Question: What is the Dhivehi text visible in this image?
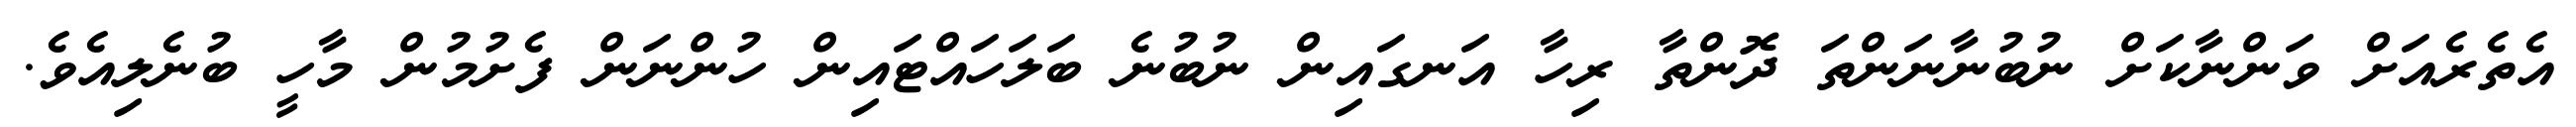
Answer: އެތެރެއަށް ވަންނާކަށް ނުބުނާނަންތަ ދޮންތާ ރިހާ އަނގައިން ނުބުނެ ބަލަހައްޓައިން ހުންނަން ފެށުމުން މާހީ ބުނެލިއެވެ.